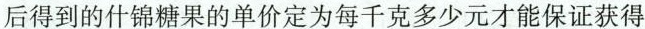
后得到的什锦糖果的单价定位每千克多少元才能保证获得